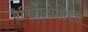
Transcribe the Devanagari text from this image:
वेर्किंगटोरिक्स